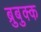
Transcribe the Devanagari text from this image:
ब्रुबुक्क